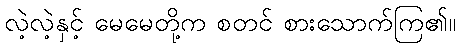
လဲ့လဲ့နှင့် မေမေတို့က စတင် စားသောက်ကြ၏။